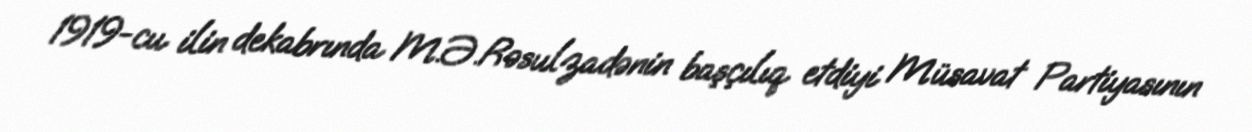
1919-cu ilin dekabrında M.Ə.Rəsulzadənin başçılıq etdiyi Müsavat Partiyasının